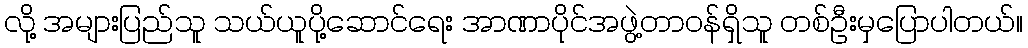
လို့ အများပြည်သူ သယ်ယူပို့ဆောင်ရေး အာဏာပိုင်အဖွဲ့တာဝန်ရှိသူ တစ်ဦးမှပြောပါတယ်။